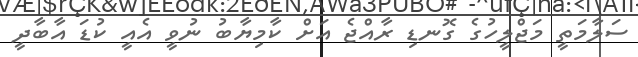
ސަލާމަތީ މަޖްލީހުގެ ގޮނޑި ރާއްޖެ އަށް ކާމިޔާބު ނުވީ އެއީ ކުޑަ އާބާދީ